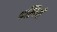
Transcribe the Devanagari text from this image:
श्वस्नियाँ